Report of the Bombay Plague Committee
Disease focus: Plague
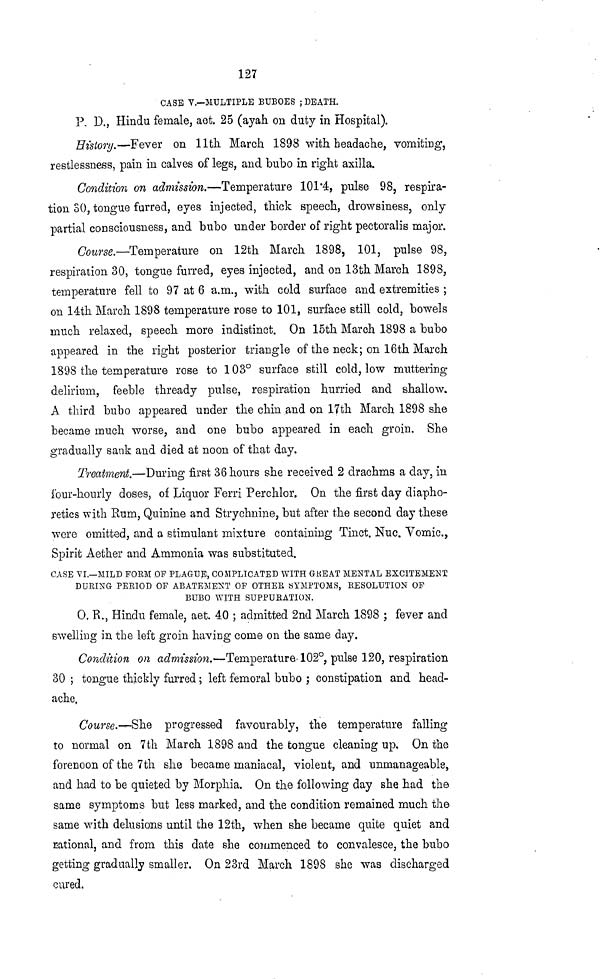
127
CASE V.—MULTIPLE BUBOES ; DEATH.
P. D., Hindu female, act. 25 (ayah on duty in Hospital).
History.—Fever on 11th March 1898 with headache, vomiting,
restlessness, pain in calves of legs, and bubo in right axilla.
Condition on admission.—Temperature 101·4, pulse 98, respira-
tion SO, tongue furred, eyes injected, thick speech, drowsiness, only
partial consciousness, and bubo under border of right pectoralis major.
Course.—Temperature on 12th March 1898, 101, pulse 98,
respiration 30, tongue furred, eyes injected, and on 13th March 1898,
temperature fell to 97 at 6 a.m., with cold surface and extremities ;
on 14th March 1898 temperature rose to 101, surface still cold, bowels
much relaxed, speech more indistinct. On 15th March 1898 a bubo
appeared in the right posterior triangle of the neck; on 16th March
1898 the temperature rose to 103° surface still cold, low muttering
delirium, feeble thready pulse, respiration hurried and shallow.
A third bubo appeared under the chin and on 17th March 1898 she
became much worse, and one bubo appeared in each groin. She
gradually sank and died at noon of that day.
Treatment.—During first 36 hours she received 2 drachms a day, in
four-hourly doses, of Liquor Ferri Perchlor. On the first day diapho-
retics with Rum, Quinine and Strychnine, but after the second day these
were omitted, and a stimulant mixture containing Tinct. Nuc. Yomic.,
Spirit Aether and Ammonia was substituted.
CASE VI.—MILD FORM OF PLAGUE, COMPLICATED WITH GREAT MENTAL EXCITEMENT
DURING PERIOD OF ABATEMENT OF OTHER SYMPTOMS, RESOLUTION OF
BUBO WITH SUPPURATION.
0, R., Hindu female, aet. 40 ; admitted 2nd March 1898 ; fever and
swelling in the left groin having come on the same day.
Condition on admission.—Temperature 102°, pulse 120, respiration
30 ; tongue thickly furred ; left femoral bubo ; constipation and head-
ache,
Course.—She progressed favourably, the temperature falling
to normal on 7th March 1898 and the tongue cleaning up. On the
forenoon of the 7th she became maniacal, violent, and unmanageable,
and had to be quieted by Morphia. On the following day she had the
same symptoms but less marked, and the condition remained much the
same with delusions until the 12th, when she became quite quiet and
rational, and from this date she commenced to convalesce, the bubo
getting gradually smaller. On 23rd March 1898 she was discharged
cured.